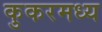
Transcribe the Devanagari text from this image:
कुकरमध्य